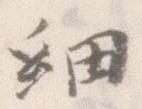
細